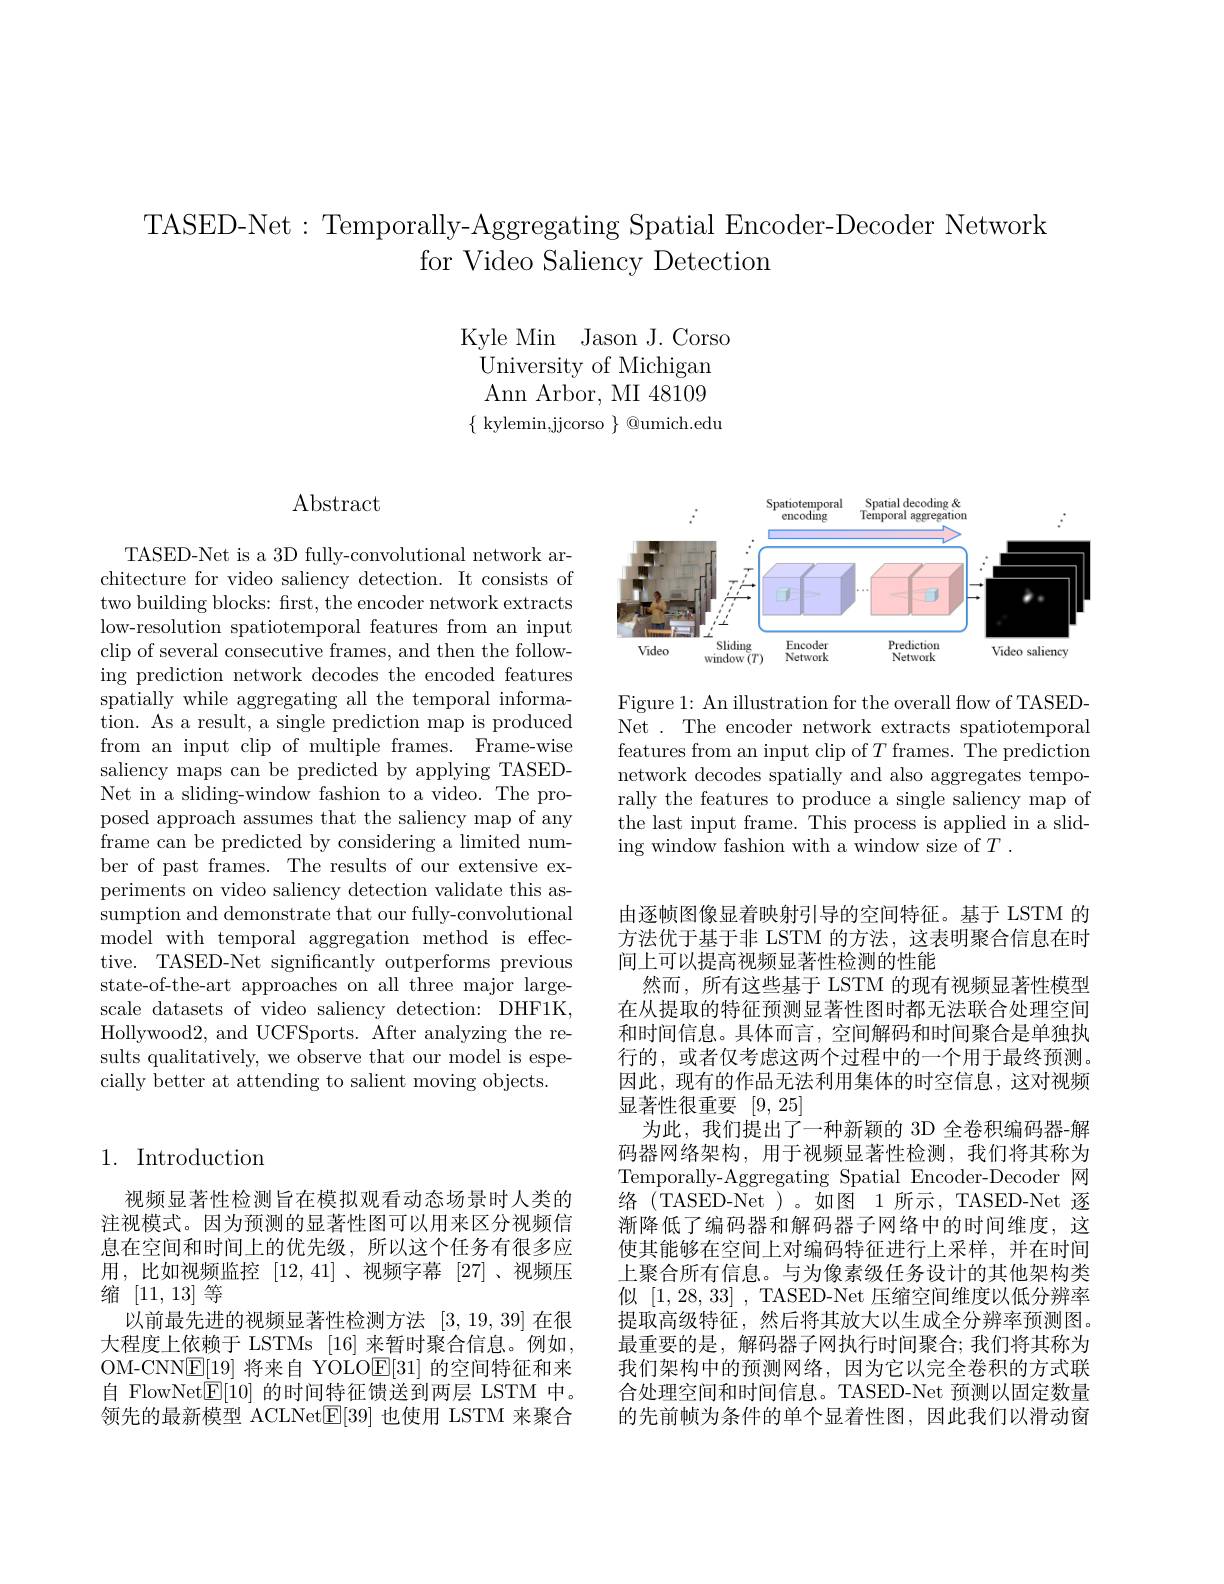
TASED-Net: Temporally-Aggregating Spatial Encoder-Decoder Network
for Video Saliency Detection

Kyle Min Jason J. Corso
University of Michigan $\operatorname{Ann}$Arbor, MI48109 $\{$ kylemin,jjcorso $\}$ @umich.edu

# $\operatorname{Abstract}$

TASED-Net is a 3D fully-convolutional network architecture for video saliency detection. It consists of two building blocks: frst, the encoder network extracts low-resolution spatiotemporal features from an input clip of several consecutive frames, and then the following prediction network decodes the encoded features spatially while aggregating all the temporal information. As a result, a single prediction map is produced from an input clip of multiple frames. Frame-wise saliency maps can be predicted by applying TASEDNet in a sliding-window fashion to a video. The proposed approach assumes that the saliency map of any frame can be predicted by considering a limited number of past frames. The results of our extensive experiments on video saliency detection validate this assumption and demonstrate that our fully-convolutional model with temporal aggregation method is effective. TASED-Net significantly outperforms previous state-of-the-art approaches on all three major largescale datasets of video saliency detection: DHF1K, Hollywood2, and UCFSports. After analyzing the results qualitatively, we observe that our model is especially better at attending to salient moving objects.

## 1. Introduction

视频显著性检测旨在模拟观看动态场景时人类的注视模式。因为预测的显著性图可以用来区分视频信息在空间和时间上的优先级，所以这个任务有很多应用，比如视频监控[12,41]、视频字幕[27]、视频压缩[11,13]等
以前最先进的视频显著性检测方法[3,19,39]在很大程度上依赖于 LSTMs [16] 来暂时聚合信息。例如， OM-CNNE[19] 将来自 YOLO$\boxed{\mathrm{E}}[31]$的空间特征和来自 FlowNet$\boxed{\mathrm{E}}[10]$的时间特征馈送到两层 LSTM 中。领先的最新模型 ACLNet$\boxed{\mathrm{E}}[39]$也使用 LSTM 来聚合

<FigureHere>

Figure 1: An illustration for the overall flow of TASEDNet. The encoder network extracts spatiotemporal features from an input clip of $T$ frames. The prediction network decodes spatially and also aggregates temporally the features to produce a single saliency map of the last input frame. This process is applied in a sliding window fashion with a window size of $T.$

由逐帧图像显着映射引导的空间特征。基于 LSTM 的方法优于基于非 LSTM 的方法，这表明聚合信息在时间上可以提高视频显著性检测的性能
然而，所有这些基于 LSTM 的现有视频显著性模型在从提取的特征预测显著性图时都无法联合处理空间和时间信息。具体而言，空间解码和时间聚合是单独执行的，或者仅考虑这两个过程中的一个用于最终预测。因此，现有的作品无法利用集体的时空信息，这对视频显著性很重要[9,25]
为此，我们提出了一种新颖的 3D 全卷积编码器-解码器网络架构，用于视频显著性检测，我们将其称为Temporally-Aggregating Spatial Encoder-Decoder 网络(TASED-Net)。如图 1 所示，TASED-Net 逐渐降低了编码器和解码器子网络中的时间维度，这使其能够在空间上对编码特征进行上采样，并在时间上聚合所有信息。与为像素级任务设计的其他架构类似[1,28,33],TASED-Net 压缩空间维度以低分辨率提取高级特征，然后将其放大以生成全分辨率预测图。最重要的是，解码器子网执行时间聚合；我们将其称为我们架构中的预测网络，因为它以完全卷积的方式联合处理空间和时间信息。TASED-Net 预测以固定数量的先前帧为条件的单个显着性图，因此我们以滑动窗